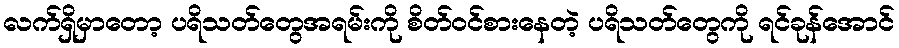
လက်ရှိမှာတော့ ပရိသတ်တွေအရမ်းကို စိတ်ဝင်စားနေတဲ့ ပရိသတ်တွေကို ရင်ခုန်အောင်